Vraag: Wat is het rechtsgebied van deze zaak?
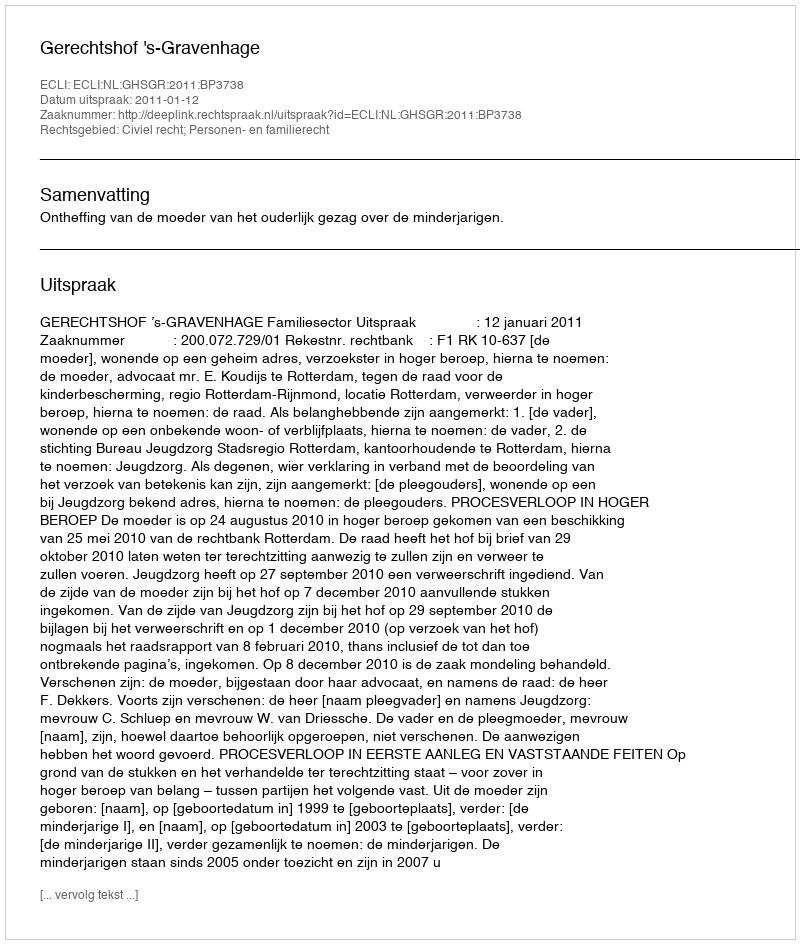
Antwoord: Civiel recht; Personen- en familierecht